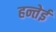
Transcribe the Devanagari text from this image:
हन्तेई